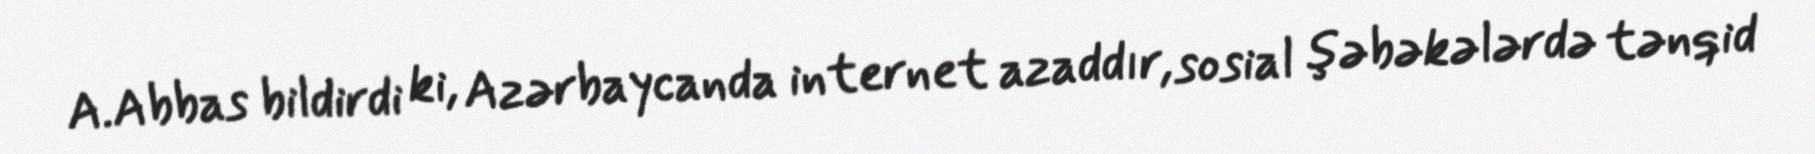
A.Abbas bildirdi ki, Azərbaycanda internet azaddır, sosial şəbəkələrdə tənqid